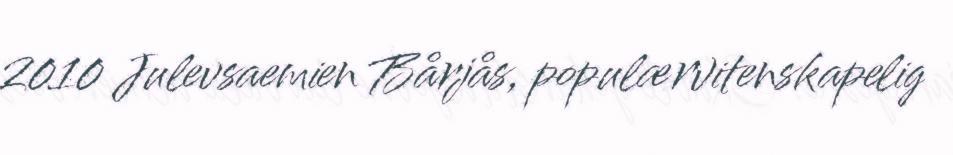
2010 Julevsaemien Bårjås, populærvitenskapelig